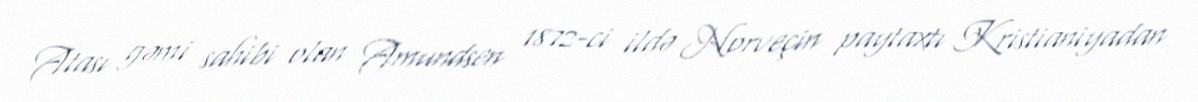
Atası gəmi sahibi olan Amundsen 1872-ci ildə Norveçin paytaxtı Kristianiyadan